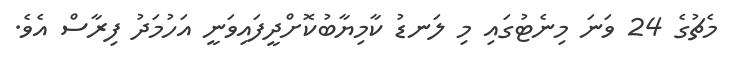
މެޗުގެ 24 ވަނަ މިނެޓުގައި މި ލަނޑު ކާމިޔާބުކޮށްދީފައިވަނީ އަހުމަދު ފިރާސް އެވެ.